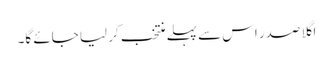
اگلا صدر اس سے پہلے منتخب کر لیا جائے گا۔